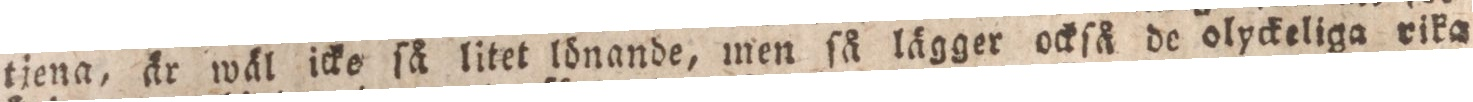
tjena, år wäl icke ſå litet lönande, men ſå lägger ockſå de olyckeliga rika